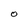
Character: O